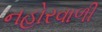
નહોરવાળી